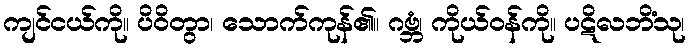
ကျင်ငယ်ကို။ ပိဝိတွာ၊ သောက်ကုန်၏။ ဂဗ္ဘံ၊ ကိုယ်ဝန်ကို။ ပဋိလဘိံသု၊